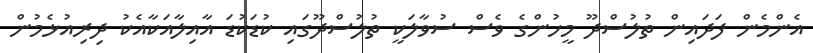
އެންމެން ފަދައިން ތުލުސްދޫ މީހުންގެ ވެސް ސުވާލަކީ ތުލުސްދޫގައި ކުޑަކުޑަ އާއިލާއަކާއެކު ދިރިއުޅެމުން